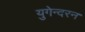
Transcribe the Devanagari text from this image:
युगेन्दरन